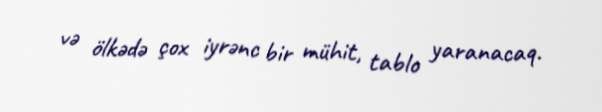
və ölkədə çox iyrənc bir mühit, tablo yaranacaq.